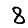
Digit: 8